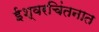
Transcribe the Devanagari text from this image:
ईश्वरचिंतनात